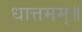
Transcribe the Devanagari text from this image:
धात्तमम्‌॥